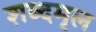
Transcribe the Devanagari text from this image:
शब्दमृल